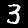
Label: 3